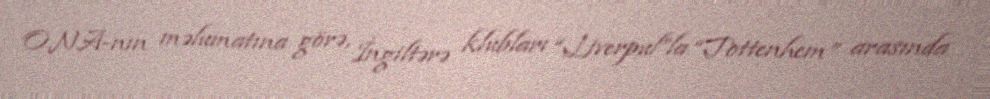
ONA-nın məlumatına görə, İngiltərə klubları “Liverpul”la “Tottenhem” arasında